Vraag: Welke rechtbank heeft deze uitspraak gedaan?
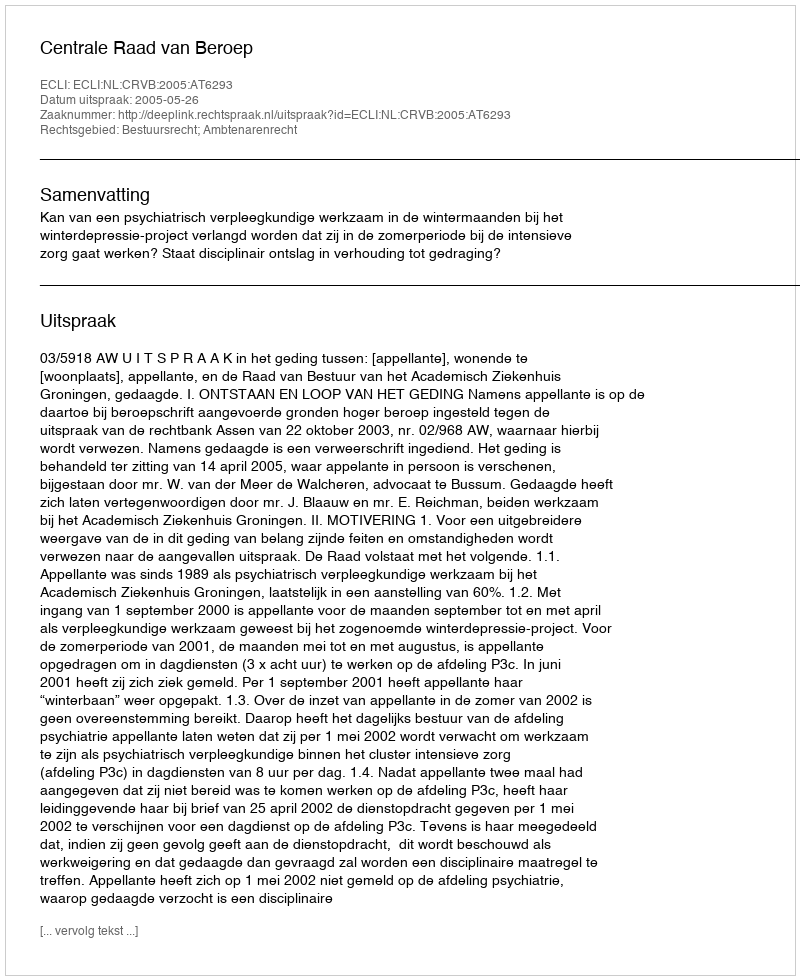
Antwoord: Centrale Raad van Beroep